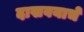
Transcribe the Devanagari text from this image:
दाखवयाचे